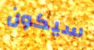
سيكون